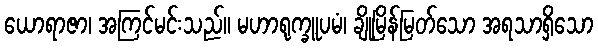
ယောရာဇာ၊ အကြင်မင်းသည်။ မဟာရုက္ခူပမံ၊ ချိုမြိန်မြတ်သော အရသာရှိသော